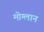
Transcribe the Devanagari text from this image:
मोग्लान